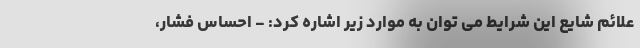
علائم شایع این شرایط می توان به موارد زیر اشاره کرد: - احساس فشار،